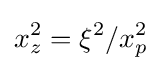
x_{z}^{2}=\xi ^{2}/x_{p}^{2}